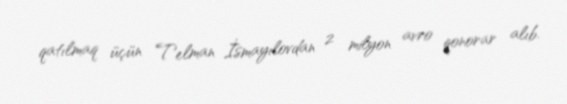
qatılmaq üçün Telman İsmayılovdan 2 milyon avro qonorar alıb.